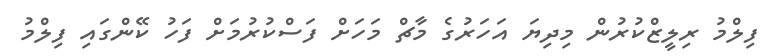
ފިލްމު ރިލީޒްކުރުން މިދިޔަ އަހަރުގެ މާޗް މަހަށް ފަސްކުރުމަށް ފަހު ކޭންގައި ފިލްމު